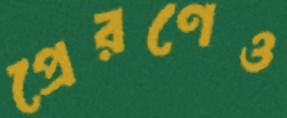
প্রেরণেও